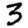
Digit: 3